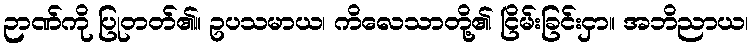
ဉာဏ်ကို ပြုတတ်၏။ ဥပသမာယ၊ ကိလေသာတို့၏ ငြိမ်းခြင်းငှာ။ အဘိညာယ၊